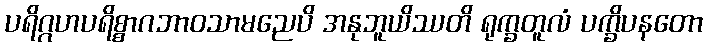
ပရိဂ္ဂဟပရိစ္စာဂဘာဝသာမညေပိ အနုဘူယိဿတိ ရုက္ခတူလံ ပက္ခိပနတော